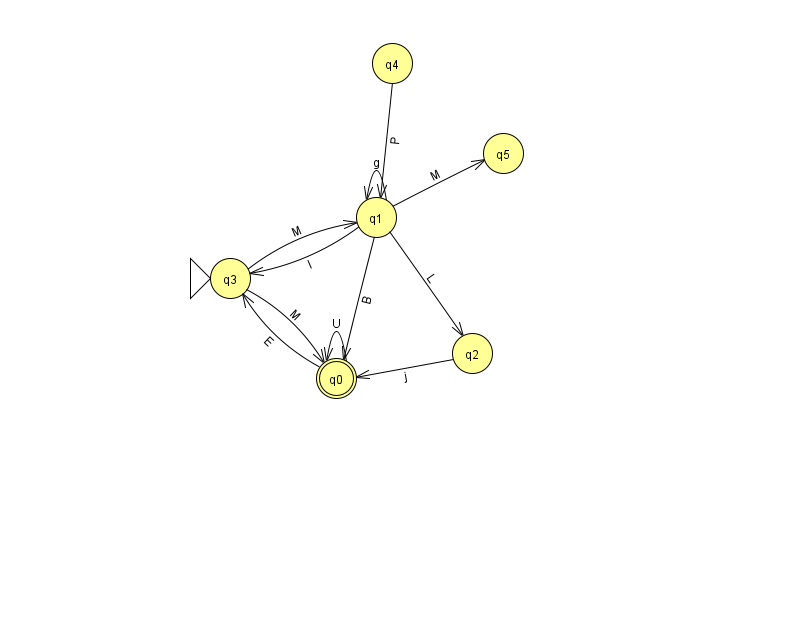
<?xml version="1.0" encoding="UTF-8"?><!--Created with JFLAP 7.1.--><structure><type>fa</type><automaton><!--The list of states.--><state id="0" name="q0"><x>336.0</x><y>365.0</y><final/></state><state id="1" name="q1"><x>376.0</x><y>204.0</y></state><state id="2" name="q2"><x>472.0</x><y>340.0</y></state><state id="3" name="q3"><x>230.0</x><y>265.0</y><initial/></state><state id="4" name="q4"><x>392.0</x><y>50.0</y></state><state id="5" name="q5"><x>503.0</x><y>140.0</y></state><!--The list of transitions.--><transition><from>1</from><to>3</to><read>I</read></transition><transition><from>1</from><to>5</to><read>M</read></transition><transition><from>3</from><to>0</to><read>M</read></transition><transition><from>4</from><to>1</to><read>P</read></transition><transition><from>0</from><to>0</to><read>U</read></transition><transition><from>3</from><to>1</to><read>M</read></transition><transition><from>1</from><to>0</to><read>B</read></transition><transition><from>1</from><to>1</to><read>g</read></transition><transition><from>0</from><to>3</to><read>E</read></transition><transition><from>2</from><to>0</to><read>j</read></transition><transition><from>1</from><to>2</to><read>L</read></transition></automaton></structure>